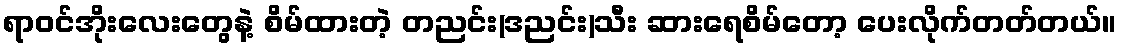
ရာဝင်အိုးလေးတွေနဲ့ စိမ်ထားတဲ့ တညင်း(ဒညင်း)သီး ဆားရေစိမ်တော့ ပေးလိုက်တတ်တယ်။